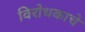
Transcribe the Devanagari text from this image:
विरोधकाचे